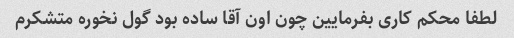
لطفا محکم کاری بفرمایین چون اون آقا ساده بود گول نخوره متشکرم